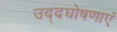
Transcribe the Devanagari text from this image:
उद्दघोषणाएं